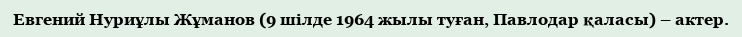
Евгений Нуриұлы Жұманов (9 шілде 1964 жылы туған, Павлодар қаласы) – актер.